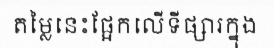
តម្លៃនេះផ្អែកលើទីផ្សារក្នុង